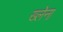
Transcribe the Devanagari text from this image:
ख्लेना